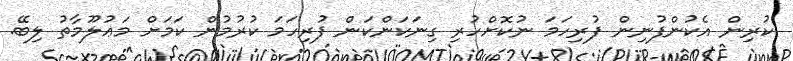
ކުރިން އެކުންފުނިން ފުރިހަމަ ނުކޮށްހުރި ގިނަކަންކަން ފުރިހަމަ ކުރުމުން ކަމަށް މަޢުލޫމާތު ލިބޭ.